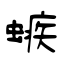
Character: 螏